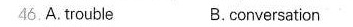
4ó.A,trouble B.Conversation